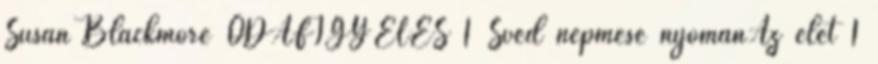
Susan Blackmore ODAFIGYELÉS 1 Svéd népmese nyománAz élet 1